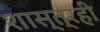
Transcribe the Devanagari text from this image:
शास्त्रही